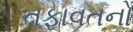
તફાવતનો